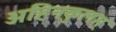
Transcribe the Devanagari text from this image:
अहिनकुलम्